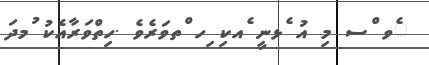
ެވ ްސ މި އު ެޅނީ ެއކި ިހ ްތވަރެވެ .ހިތްވަރާއެކު ުމދަ